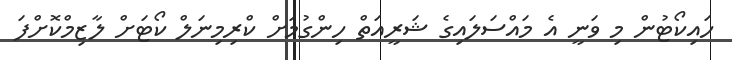
ހައިކޯޓުން މި ވަނީ އެ މައްސަލައިގެ ޝަރީއަތް ހިންގުމަށް ކްރިމިނަލް ކޯޓަށް ލާޒިމްކޮށްފަ